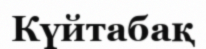
Күйтабақ